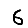
Digit: 6